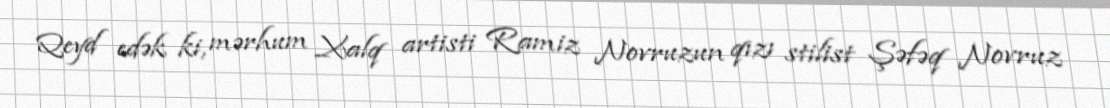
Qeyd edək ki, mərhum Xalq artisti Ramiz Novruzun qızı stilist Şəfəq Novruz